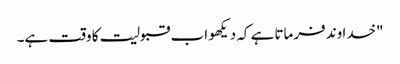
"خدا وند فرماتا ہے کہ دیکھو اب قبولیت کا وقت ہے۔